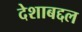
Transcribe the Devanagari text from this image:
देशाबद्दल